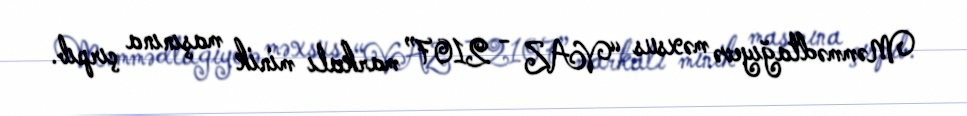
Məmmədtağıyevə məxsus “VAZ - 2107” markalı minik maşınına çırpıb.